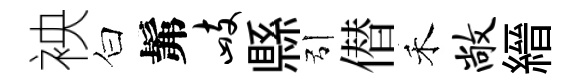
䘧白髴峙縣引僣禾敞縉